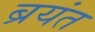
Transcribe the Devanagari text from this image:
ब्रयंत